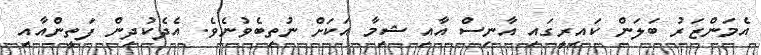
އެމަންޒަރު ބަލަން ކައިރީގައި އާނިސް އާއި ޝިމާ އަކަށް ނުތިބެވުނެވެ. އެދެކުދިން ފަތީންއާއި